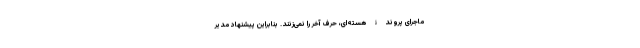
ماجرای پروندۀ هسته‌ای، حرف آخر را نمی‌زنند. بنابراین پیشنهاد مدیر